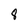
Character: 8